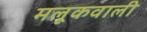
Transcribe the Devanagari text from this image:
मलूकवाली